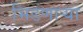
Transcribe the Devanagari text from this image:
भिडणार्‍या